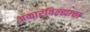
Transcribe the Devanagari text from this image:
अकारविल्ह्याचा